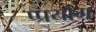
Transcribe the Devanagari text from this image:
प्प्रयोग